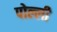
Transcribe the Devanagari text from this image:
पोल्ली